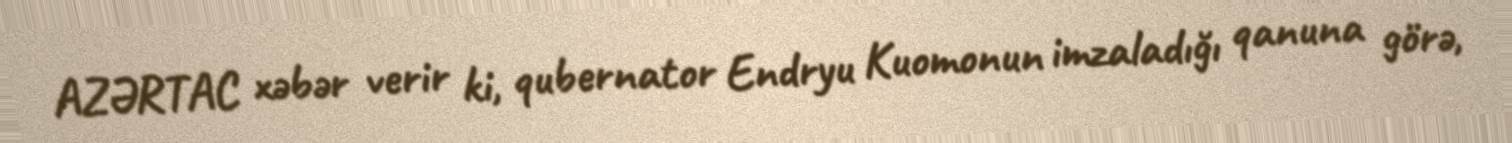
AZƏRTAC xəbər verir ki, qubernator Endryu Kuomonun imzaladığı qanuna görə,